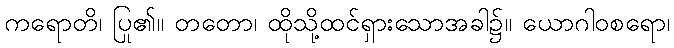
ကရောတိ၊ ပြု၏။ တတော၊ ထိုသို့ထင်ရှားသောအခါ၌။ ယောဂါဝစရော၊